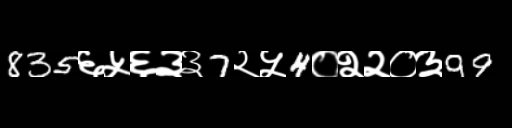
Text: 835६५६३३7२५4०२२०३99